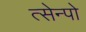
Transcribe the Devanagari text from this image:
त्सेन्पो